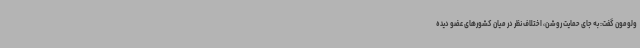
ولومون گفت: به جای حمایت روشن، اختلاف نظر در میان کشورهای عضو دیده